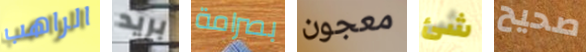
الراهب بريد بصرامة معجون شئ صحيح